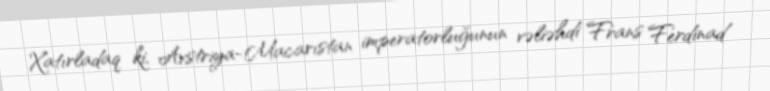
Xatırladaq ki, Avstriya-Macarıstan imperatorluğunun vəliəhdi Frans Ferdinad